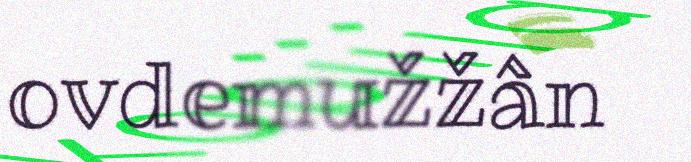
ovdemužžân